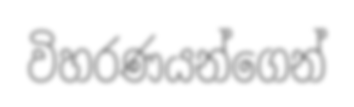
විහරණයන්ගෙන්